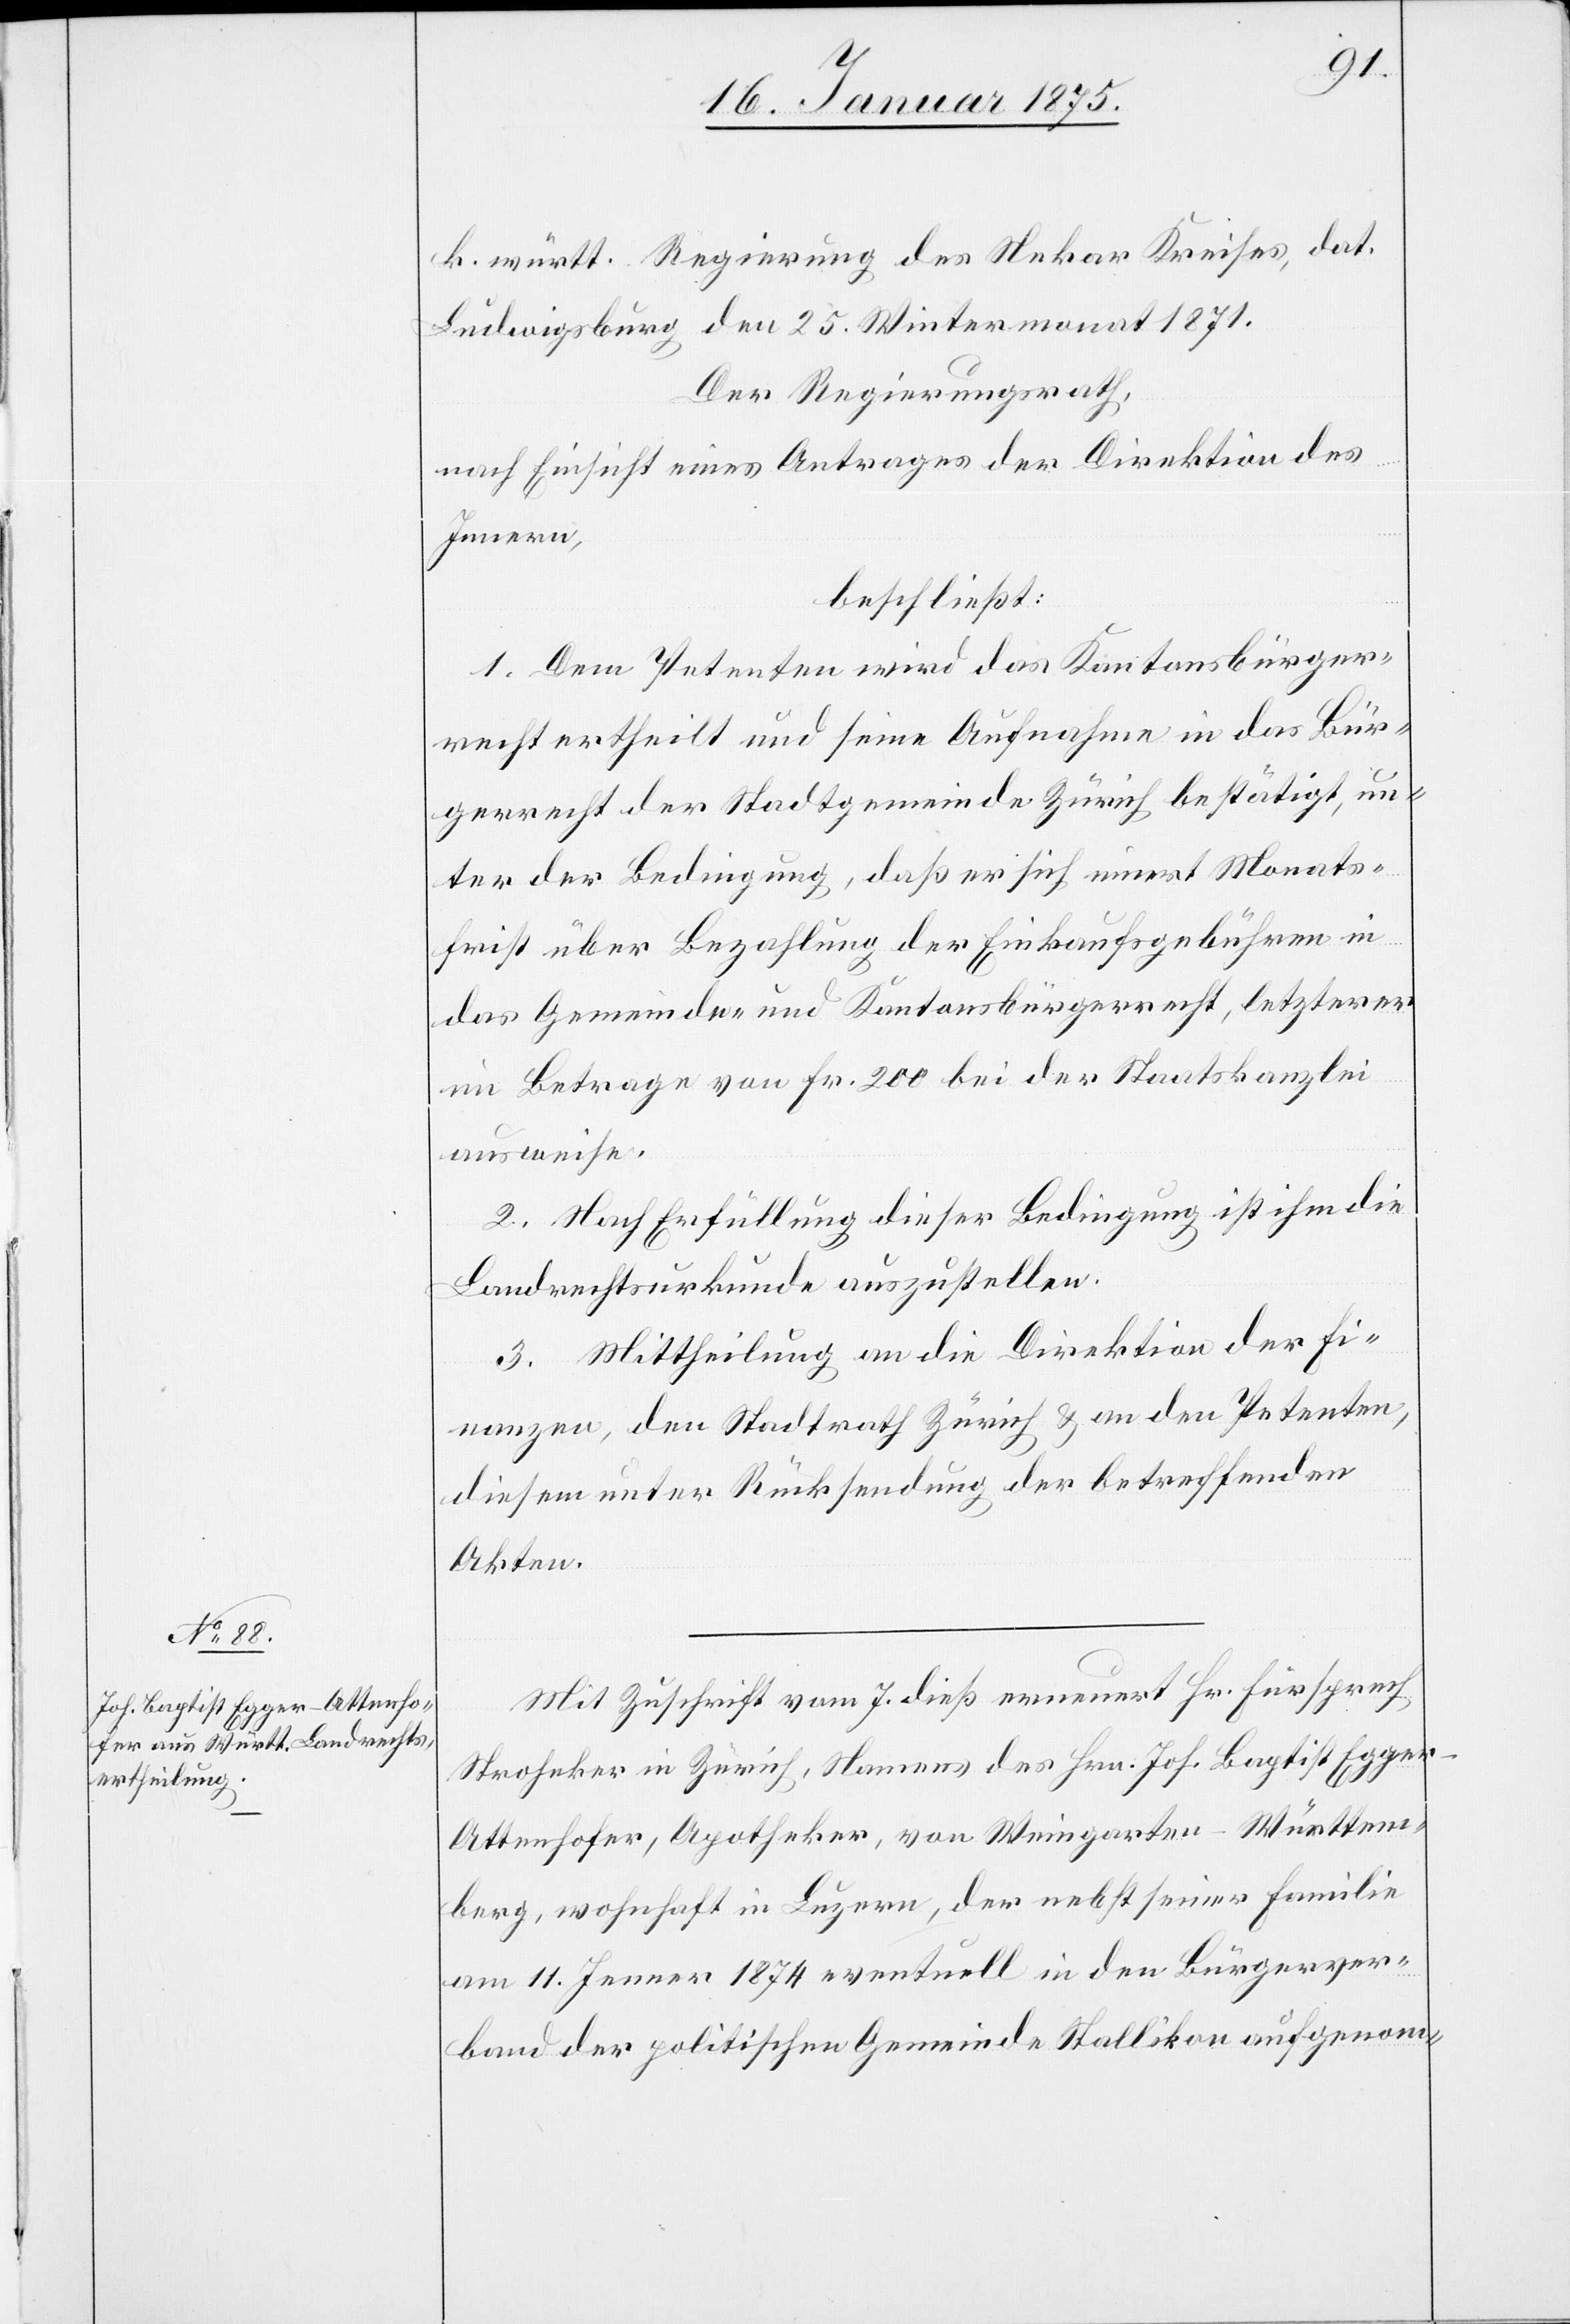
k. württ. Regierung des Nekar Kreises, dat.
Ludwigsburg den 25. Wintermonat 1871.
Der Regierungsrath
nach Einsicht eines Antrages der Direktion des
Innern,
beschließt:
1. Dem Petenten wird das Kantonsbürger¬
recht ertheilt und eine Aufnahme in das Bür¬
gerrecht der Stadtgemeinde Zürich bestätigt, un¬
ter der Bedingung, daß er sich innert Monats¬
frist über Bezahlung der Einkaufsgebühren in
das Gemeinde- und Kantonsbürgerrecht, letzterer
im Betrage von Fr. 200 bei der Staatskanzlei
ausweise.
2. Nach Erfüllung dieser Bedingung ist ihm die
Landrechtsurkunde auszustellen.
3. Mittheilung an die Direktion der Fi¬
nanzen, den Stadtrath Zürich & an den Petenten,
diesem unter Rücksendung der betroffenen
Akten.
Mit Zuschrift vom 7. dieß erneuert Hr. Fürsprech
Stroheker in Zürich, Namens des Hrn. Joh. Baptist Egger-A¬
ttenhofer, Apotheker, von Weingarten - Württem¬
berg, wohnhaft in Luzern, der nebst seiner Familie
am 11. Jenner 1874 eventuell in den Bürgerver¬
band der politischen Gemeinde Stallikon aufgenom-